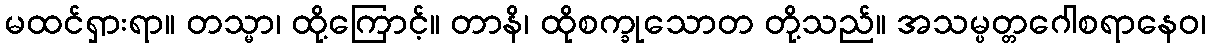
မထင်ရှားရာ။ တသ္မာ၊ ထို့ကြောင့်။ တာနိ၊ ထိုစက္ခုသောတ တို့သည်။ အသမ္ပတ္တဂေါစရာနေဝ၊